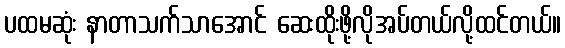
ပထမဆုံး နာတာသက်သာအောင် ဆေးထိုးဖို့လိုအပ်တယ်လို့ထင်တယ်။